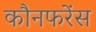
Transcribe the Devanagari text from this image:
कौनफरेंस